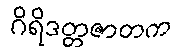
ဂိရိဒတ္တဇာတက